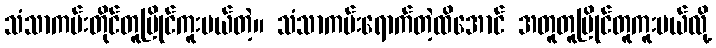
သံသာကမ်းတိုင်တူပြိုင်ကူးမယ်တဲ့။ သံသာကမ်းရောက်တဲ့ထိအောင် အတူတူပြိုင်တူကူးမယ်လို့